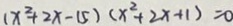
( x ^ { 2 } + 2 x - 1 5 ) ( x ^ { 2 } + 2 x + 1 ) = 0